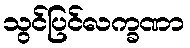
သွင်ပြင်လက္ခဏာ